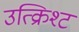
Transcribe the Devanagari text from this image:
उत्क्रिश्ट